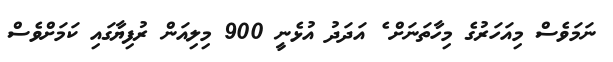
ނަމަވެސް މިއަހަރުގެ މިހާތަނަށް ެ އަދަދު އުޅެނީ 900 މިލިއަން ރުފިޔާގައި ކަމަށްވެސް